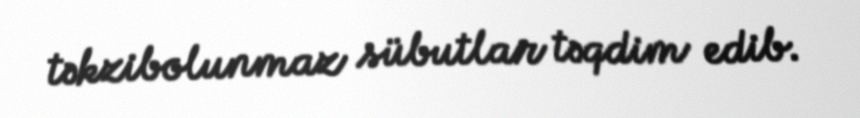
təkzibolunmaz sübutlar təqdim edib.